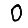
Digit: 0